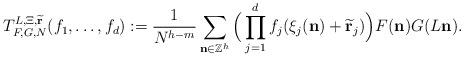
LaTeX: \begin{align*}T^{L,\Xi,\widetilde{\mathbf{r}}}_{F,G,N}(f_1,\dots,f_{d}) := \frac{1}{N^{h-m}}\sum\limits_{\mathbf{n} \in \mathbb{Z}^h}\Big(\prod\limits_{j=1}^{d}f_j(\xi_j(\mathbf{n})+ \widetilde{\mathbf{r}}_j)\Big)F(\mathbf{n})G(L\mathbf{n}).\end{align*}